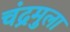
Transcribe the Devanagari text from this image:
चंद्रमुला